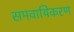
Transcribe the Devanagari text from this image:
समवायिकरण